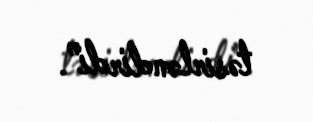
təsirləndirdi”.